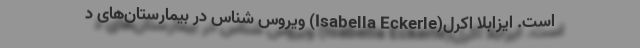
است. ایزابلا اکرل(Isabella Eckerle) ویروس شناس در بیمارستان‌های د